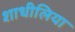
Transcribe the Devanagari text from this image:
शाधीलिया